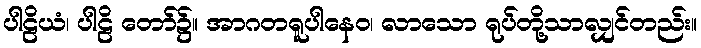
ပါဠိယံ၊ ပါဠိ တော်၌။ အာဂတရူပါနေဝ၊ လာသော ရုပ်တို့သာလျှင်တည်း။